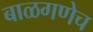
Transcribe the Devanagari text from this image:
बाळगणेच